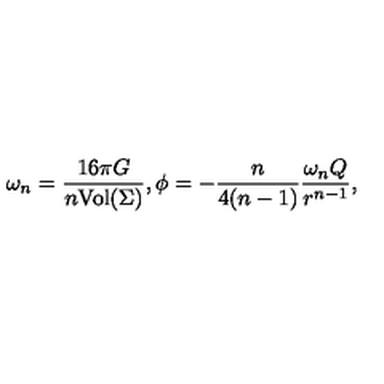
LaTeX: \omega _ { n } = \frac { 1 6 \pi G } { n \mathrm { V o l } ( \Sigma ) } , \phi = - \frac { n } { 4 ( n - 1 ) } \frac { \omega _ { n } Q } { r ^ { n - 1 } } ,